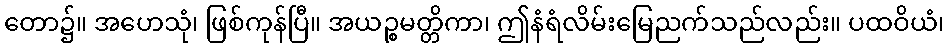
တော၌။ အဟေသုံ၊ ဖြစ်ကုန်ပြီ။ အယဉ္စမတ္တိကာ၊ ဤနံရံလိမ်းမြေညက်သည်လည်း။ ပထဝိယံ၊